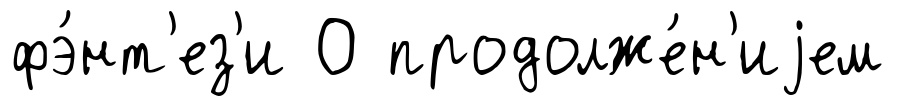
фэ́нт'ез'и О продолже́н'иjем